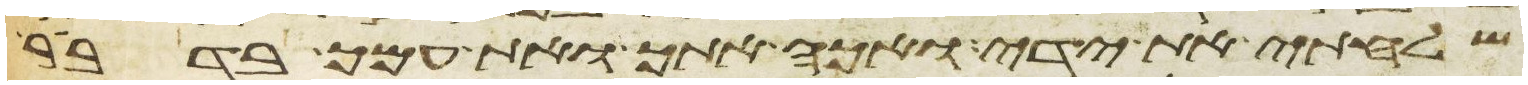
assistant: שלחתי את ידי ואכה אתך ואת עמך בדבר